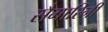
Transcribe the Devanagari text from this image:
सैमारिनी